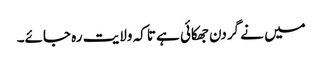
میں نے گردن جھکائی ہے تاکہ ولایت رہ جائے۔